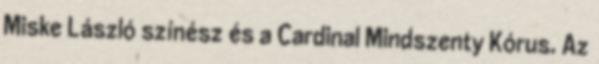
Miske László színész és a Cardinal Mindszenty Kórus. Az